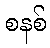
စနစ်